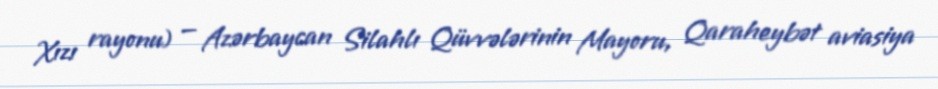
Xızı rayonu) — Azərbaycan Silahlı Qüvvələrinin Mayoru, Qaraheybət aviasiya